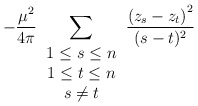
\begin{align*}-\frac{\mu^2}{4\pi}\sum_{\begin{array}{c}1\leq s\leq n \\ 1\leq t\leq n\\ s\neq t \end{array}}\frac{\left(z_s-z_t\right)^2}{(s-t)^2}\end{align*}